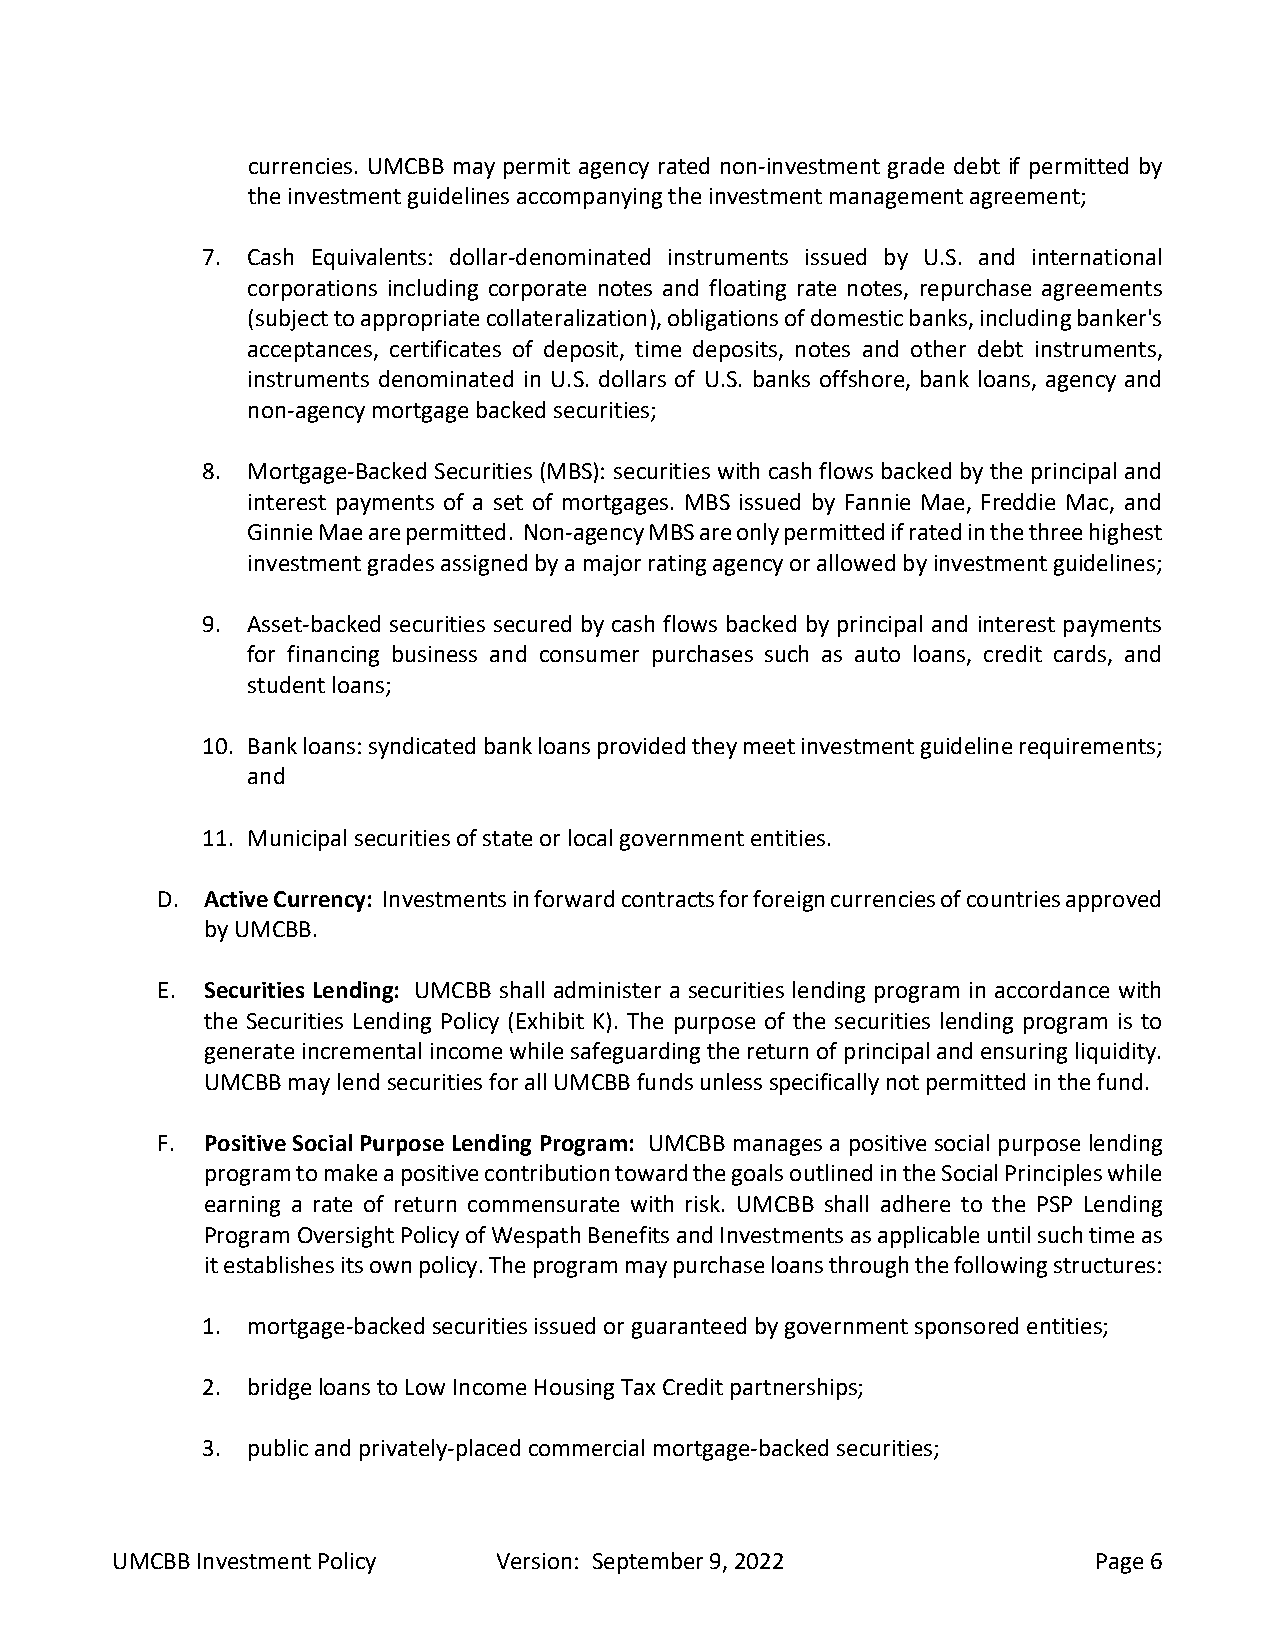
currencies. UMCBB may permit agency rated non-investment grade debt if permitted by
 the investment guidelines accompanying the investment management agreement;
 7. Cash Equivalents: dollar-denominated instruments issued by U.S. and international
 corporations including corporate notes and floating rate notes, repurchase agreements
 (subject to appropriate collateralization), obligations of domestic banks, including banker's
 acceptances, certificates of deposit, time deposits, notes and other debt instruments,
 instruments denominated in U.S. dollars of U.S. banks offshore, bank loans, agency and
 non-agency mortgage backed securities;
 8. Mortgage-Backed Securities (MBS): securities with cash flows backed by the principal and
 interest payments of a set of mortgages. MBS issued by Fannie Mae, Freddie Mac, and
 Ginnie Mae are permitted. Non-agency MBS are only permitted if rated in the three highest
 investment grades assigned by a major rating agency or allowed by investment guidelines;
 9. Asset-backed securities secured by cash flows backed by principal and interest payments
 for financing business and consumer purchases such as auto loans, credit cards, and
 student loans;
 10. Bank loans: syndicated bank loans provided they meet investment guideline requirements;
 and
 11. Municipal securities of state or local government entities.
 D.  Active Currency: Investments in forward contracts for foreign currencies of countries approved
 by UMCBB.
 E.  Securities Lending: UMCBB shall administer a securities lending program in accordance with
 the Securities Lending Policy (Exhibit K). The purpose of the securities lending program is to
 generate incremental income while safeguarding the return of principal and ensuring liquidity.
 UMCBB may lend securities for all UMCBB funds unless specifically not permitted in the fund.
 F.  Positive Social Purpose Lending Program: UMCBB manages a positive social purpose lending
 program to make a positive contribution toward the goals outlined in the Social Principles while
 earning a rate of return commensurate with risk. UMCBB shall adhere to the PSP Lending
 Program Oversight Policy of Wespath Benefits and Investments as applicable until such time as
 it establishes its own policy. The program may purchase loans through the following structures:
 1. mortgage-backed securities issued or guaranteed by government sponsored entities;
 2. bridge loans to Low Income Housing Tax Credit partnerships;
 3. public and privately-placed commercial mortgage-backed securities;
 UMCBB Investment Policy   Version: September 9, 2022              Page 6